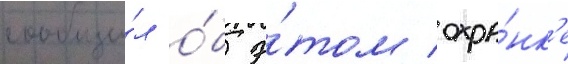
сообщи́л о́б э́том охра́нк'е